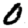
Digit: 0